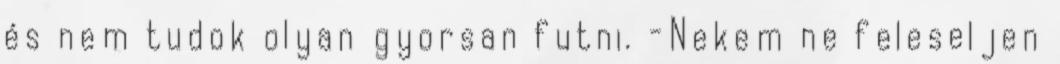
és nem tudok olyan gyorsan futni. -Nekem ne feleseljen